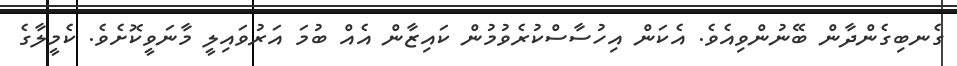
ގެނބިގެންދާން ބޭނުންވިއެވެ. އެކަން އިހުސާސްކުރެވުމުން ކައިޒާން އެއް ބުމަ އަރުވައިލީ މާނަވީކޮށެވެ. ކެމީލާގެ